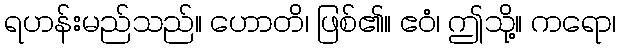
ရဟန်းမည်သည်။ ဟောတိ၊ ဖြစ်၏။ ဧဝံ၊ ဤသို့။ ကရော၊